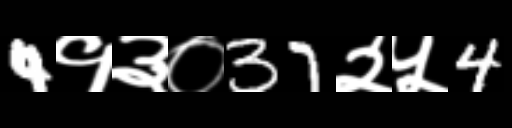
Text: 4१३०37२५4